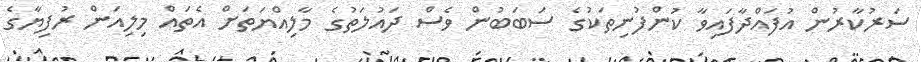
ސަރުކާރުން އުފައްދާފައިވާ ކުންފުނިތަކުގެ ސަބަބުން ވެސް ދައުލަތުގެ މާލިއްޔަތަށް އެތައް މިލިއަން ރުފިޔާގެ